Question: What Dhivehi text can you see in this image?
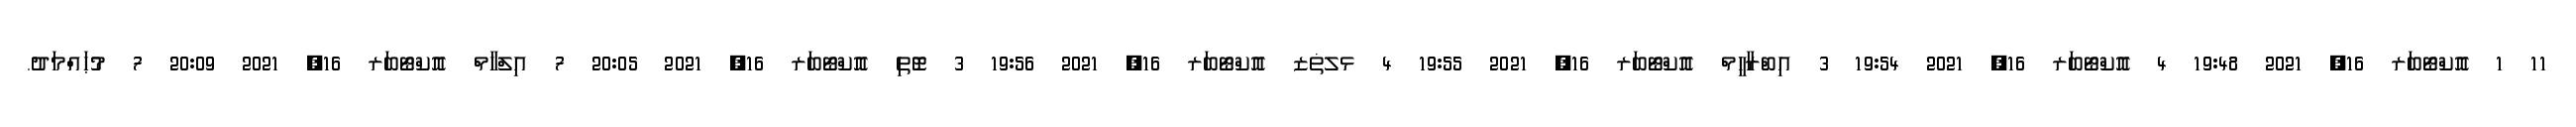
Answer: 11 1 އޮކްޓޯބަރ 16, 2021 19:48 4 އޮކްޓޯބަރ 16, 2021 19:54 3 އިބްރާހީމް އޮކްޓޯބަރ 16, 2021 19:55 4 ޅލޡޒ އޮކްޓޯބަރ 16, 2021 19:56 3 ޓޮތި އޮކްޓޯބަރ 16, 2021 20:05 7 އިލްހާމް އޮކްޓޯބަރ 16, 2021 20:09 7 މުޙައްމަދު.